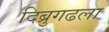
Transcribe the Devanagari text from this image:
दिब्रुगढला